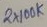
Text: 2X100K